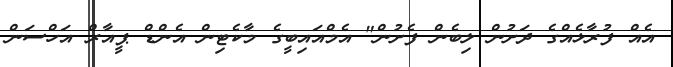
އެއް ފުރާޅެއްގެ ދަށުން ލިބެން ފެށުން" އެމްއައިބީގެ މާކެޓިން އެންޑް ޕީއާރް އަހްސަން